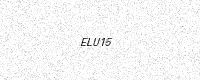
Text: ELU15